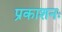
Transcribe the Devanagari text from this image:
प्रकाशनः